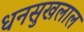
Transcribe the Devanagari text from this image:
धनसुखलाल